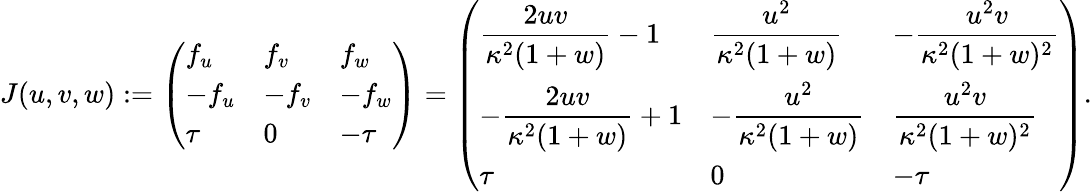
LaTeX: \begin{array}{r}{J(u,v,w):=\left(\begin{array}{lll}{f_{u}}&{f_{v}}&{f_{w}}\\ {-f_{u}}&{-f_{v}}&{-f_{w}}\\ {\tau}&{0}&{-\tau}\end{array}\right)=\left(\begin{array}{lll}{\displaystyle\frac{2uv}{\kappa^{2}(1+w)}-1}&{\displaystyle\frac{u^{2}}{\kappa^{2}(1+w)}}&{-\displaystyle\frac{u^{2}v}{\kappa^{2}(1+w)^{2}}}\\ {-\displaystyle\frac{2uv}{\kappa^{2}(1+w)}+1}&{-\displaystyle\frac{u^{2}}{\kappa^{2}(1+w)}}&{\displaystyle\frac{u^{2}v}{\kappa^{2}(1+w)^{2}}}\\ {\tau}&{0}&{-\tau}\end{array}\right).}\end{array}